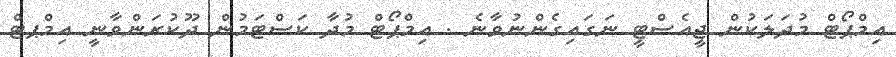
އިމްޕޯޓް މުދަލަކުން ޖީއެސްޓީ ނަގައިގެންނުވާނެ . އިމްޕޯޓް މުދާ ކަސްޓަމުން ދޫކުރަންވާނީ އިމްޕޓް